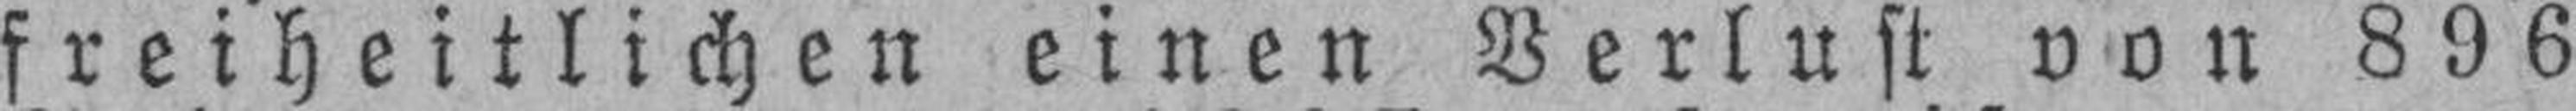
freiheitlichen einen Verlust von 896